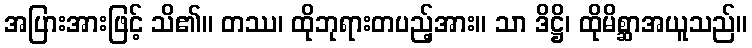
အပြားအားဖြင့် သိ၏။ တဿ၊ ထိုဘုရားတပည့်အား။ သာ ဒိဋ္ဌိ၊ ထိုမိစ္ဆာအယူသည်။